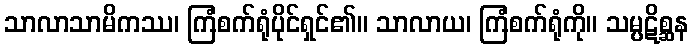
သာလာသာမိကဿ၊ ကြံစက်ရုံပိုင်ရှင်၏။ သာလာယ၊ ကြံစက်ရုံကို။ သမ္ပဋိစ္ဆန